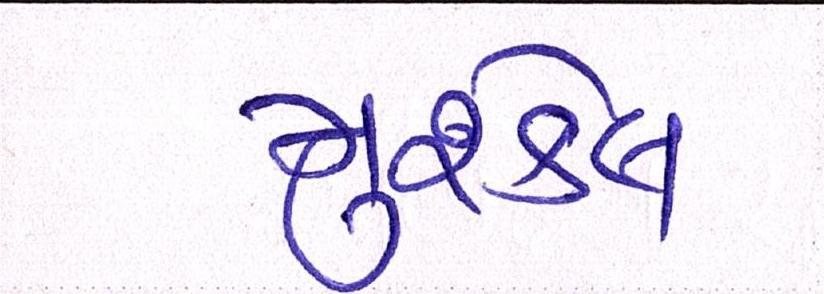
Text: મુશ્કેલ